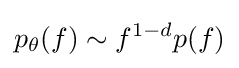
p_{\theta }(f)\sim f^{1-d}p(f)